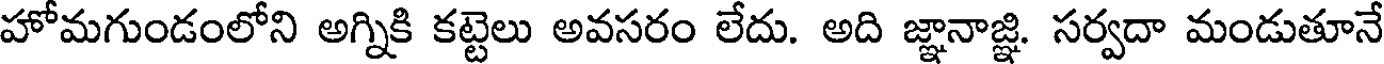
హోమగుండంలోని అగ్నికి కట్టెలు అవసరం లేదు. అది జ్ఞానాజ్ఞి. సర్వదా మండుతూనే